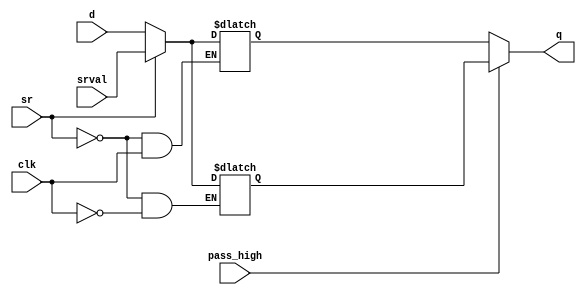
module ConfigurableEdgeLatch(
	d, clk, sr, srval, q, pass_high
	);

	////////////////////////////////////////////////////////////////////////////////////////////////////////////////////
	// I/O declarations

	input wire	d;
	input wire	clk;
	output wire q;
	input wire	sr;
	input wire	srval;

	input wire	pass_high;

	////////////////////////////////////////////////////////////////////////////////////////////////////////////////////
	// The actual latches

	//Transparent when high
	reg			pass_when_high;
	always @(*) begin

		//Pass data when high
		if(clk)
			pass_when_high				<= d;

		//Async set/reset
		if(sr)
			pass_when_high				<= srval;

	end

	//Transparent when low
	reg			pass_when_low;
	always @(*) begin

		//Pass data when high
		if(!clk)
			pass_when_low				<= d;

		//Async set/reset
		if(sr)
			pass_when_low				<= srval;

	end

	////////////////////////////////////////////////////////////////////////////////////////////////////////////////////
	// Output mux

	assign q = pass_high ? pass_when_high : pass_when_low;

endmodule